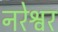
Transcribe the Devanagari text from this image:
नरेश्वर